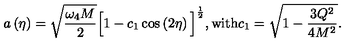
a \left( \eta \right) = \sqrt { \frac { \omega _ { 4 } M } { 2 } } \Big [ 1 - c _ { 1 } \cos \left( 2 \eta \right) \Big ] ^ { \frac { 1 } { 2 } } , \mathrm { w i t h } c _ { 1 } = \sqrt { 1 - { \frac { 3 Q ^ { 2 } } { 4 M ^ { 2 } } } } .